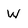
Character: W